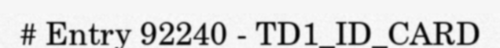
# Entry 92240 - TD1_ID_CARD